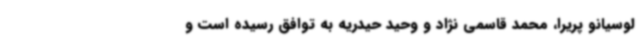
لوسیانو پریرا، محمد قاسمی نژاد و وحید حیدریه به توافق رسیده است و